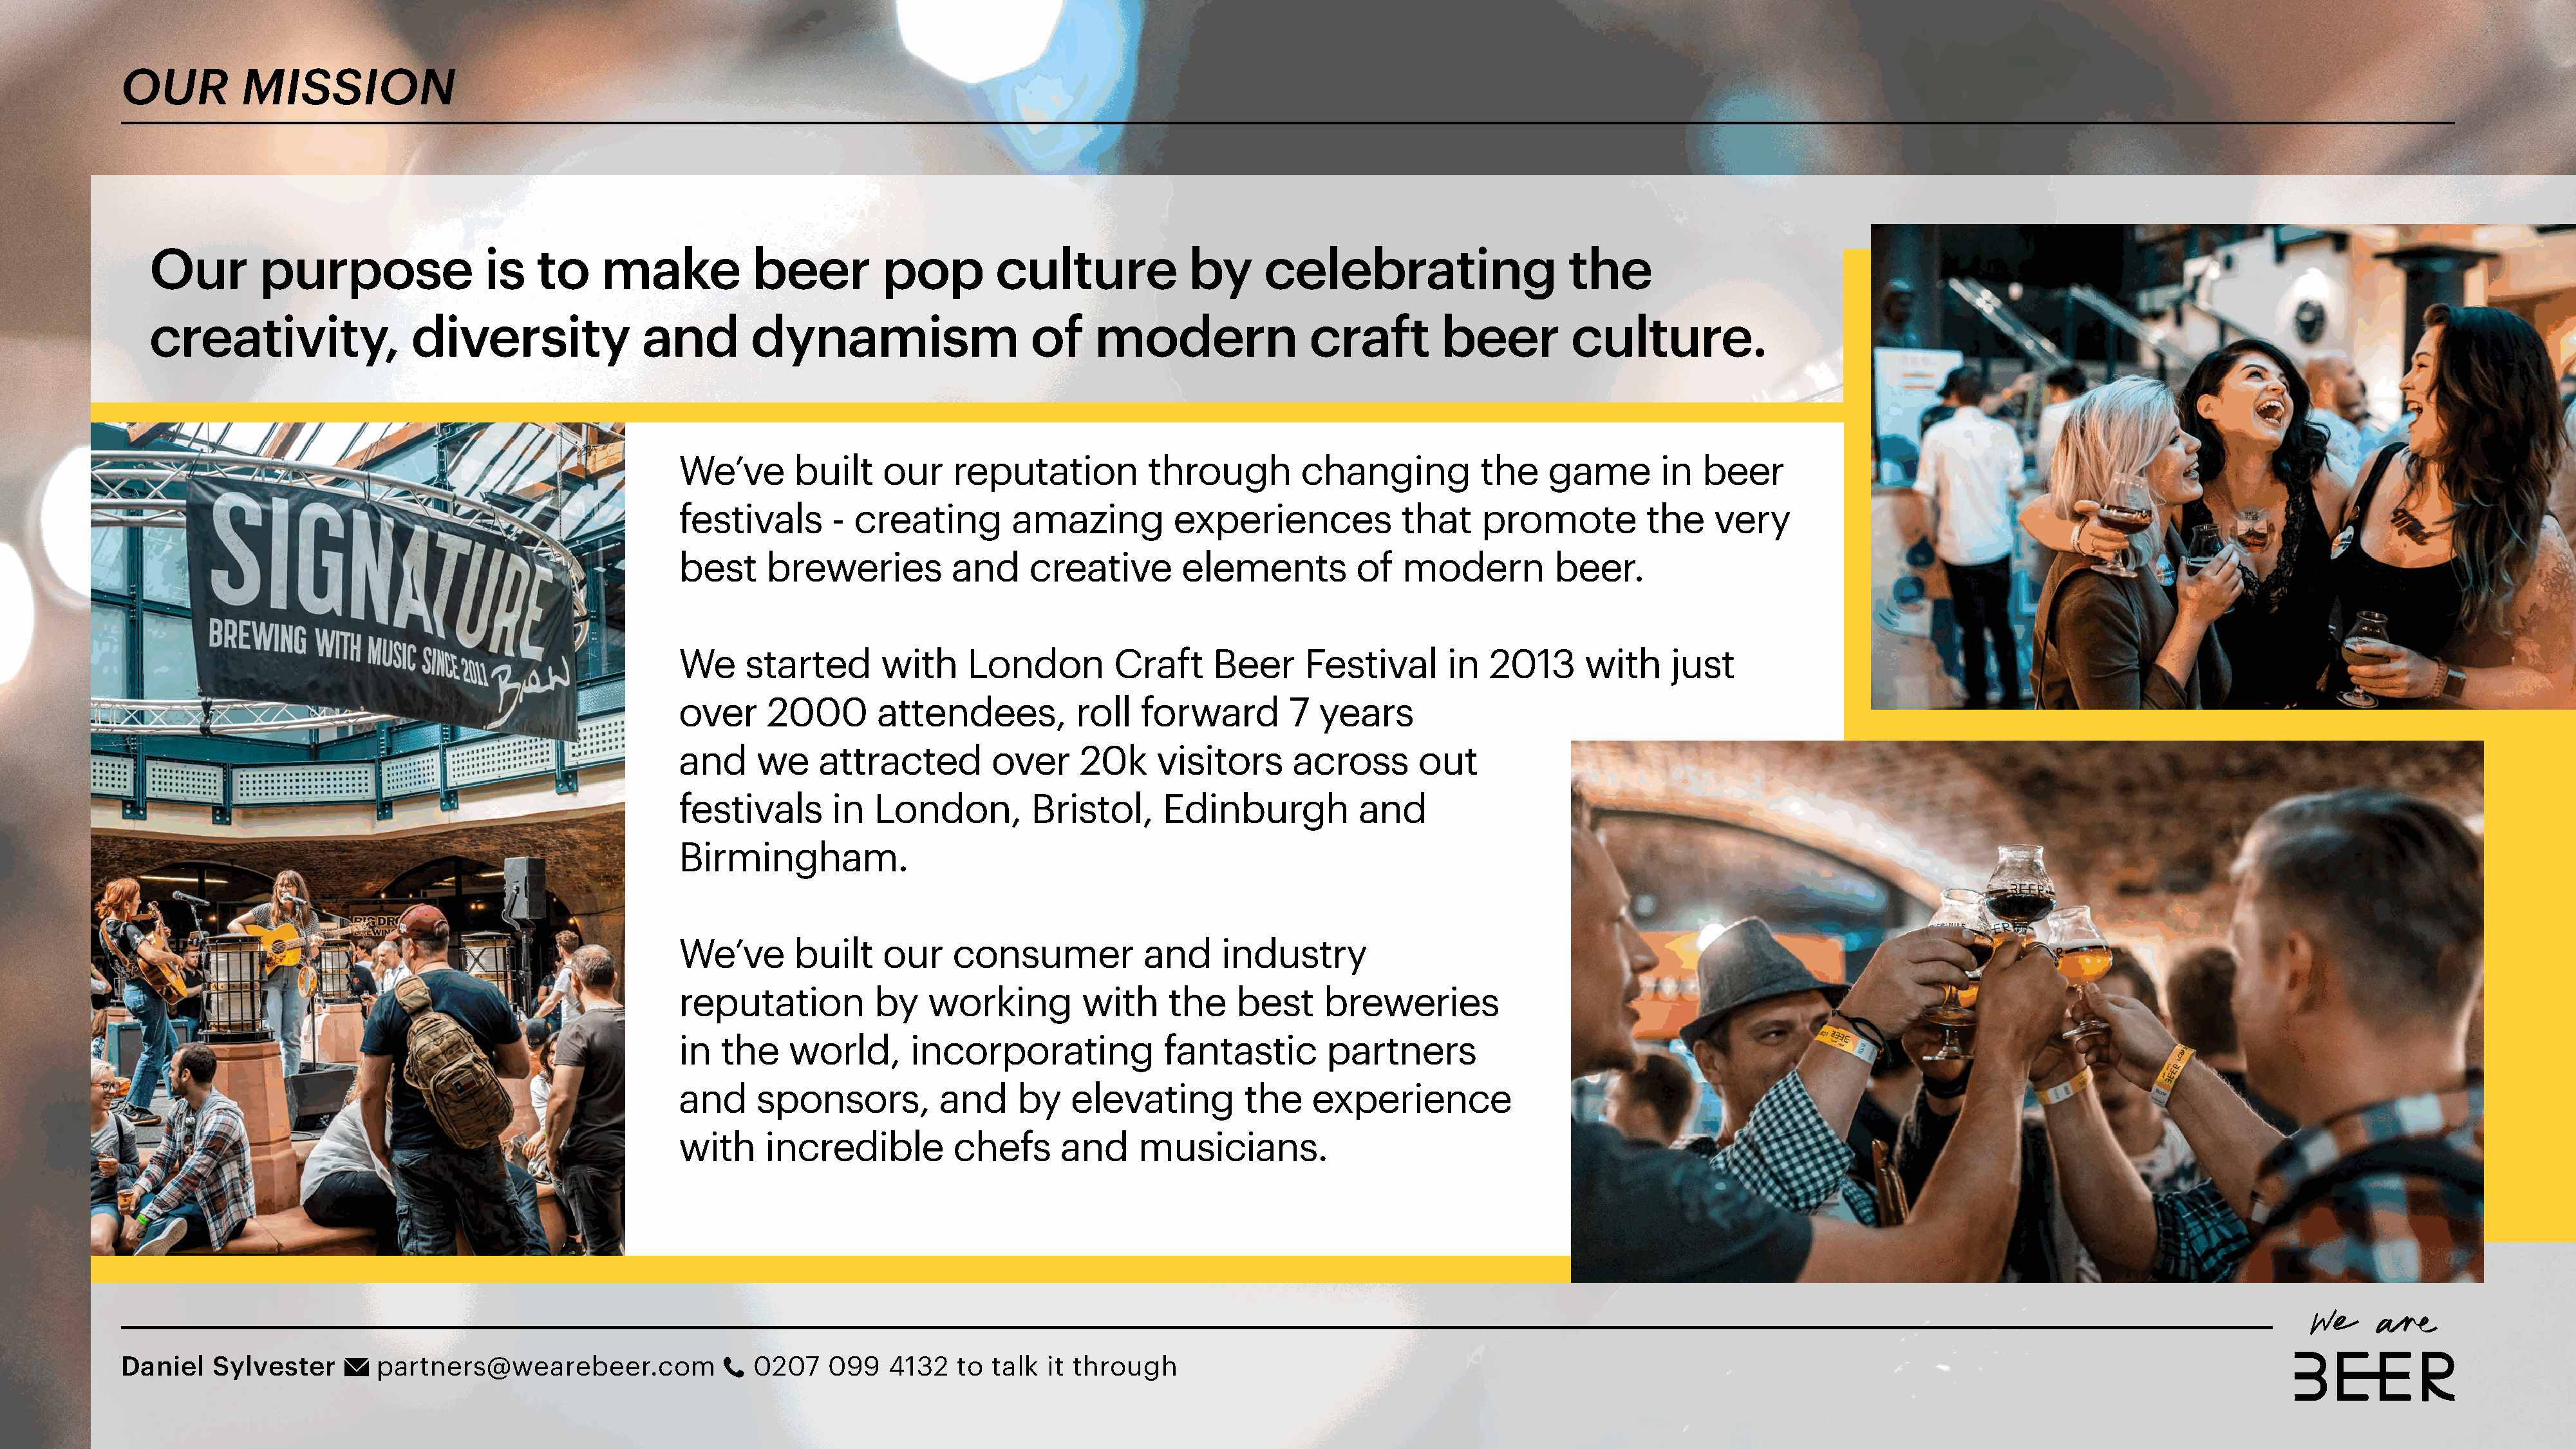
OUR          MISSION
 Our         purpose                is   to     make           beer          pop        culture             by      celebrating                    the
 creativity,                diversity               and        dynamism                     of     modern                craft        beer         culture.
 We’ve       built    our    reputation          through         changing          the    game        in  beer
 festivals       - creating        amazing          experiences            that    promote          the    very
 best     breweries          and     creative       elements          of   modern          beer.
 We     started       with    London         Craft      Beer     Festival       in  2013      with     just
 over     2000       attendees,           roll  forward        7   years
 and     we    attracted         over     20k     visitors      across       out
 festivals       in  London,         Bristol,      Edinburgh           and
 Birmingham.
 We’ve       built    our    consumer            and     industry
 reputation          by   working         with     the    best     breweries
 in  the    world,       incorporating             fantastic       partners
 and     sponsors,          and     by   elevating         the    experience
 with     incredible         chefs      and     musicians.
 Daniel    Sylvester        partners@wearebeer.com                0207    099   4132   to  talk  it through